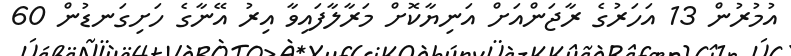
އުމުރުން 13 އަހަރުގެ ރާޖަންއަށް އަނިޔާކޮށް މަރާލާފައިވާ އިރު އޭނާގެ ހަށިގަނޑުން 60